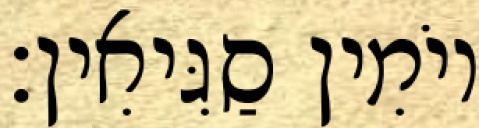
יוֹמִין סַגִּיאִין׃